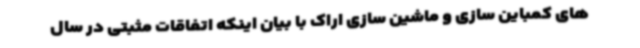
های کمباین سازی و ماشین سازی اراک با بیان اینکه اتفاقات مثبتی در سال